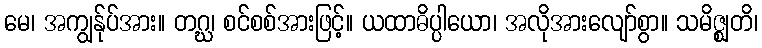
မေ၊ အကျွန်ုပ်အား။ တဂ္ဃ၊ စင်စစ်အားဖြင့်။ ယထာဓိပ္ပါယော၊ အလိုအားလျော်စွာ။ သမိဇ္ဈတိ၊